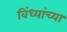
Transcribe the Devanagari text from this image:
विंध्यांच्या